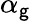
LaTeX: \alpha_{\mathsf{g}}